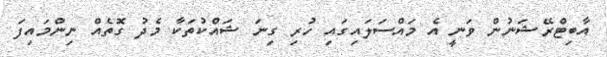
އާބިޓްރޭޝަނުން ވަނީ އެ މައްސަލައިގައި ހުރި ގިނަ ޝައްކުތަކާ މެދު ގޮތެއް ނިންމައިފަ